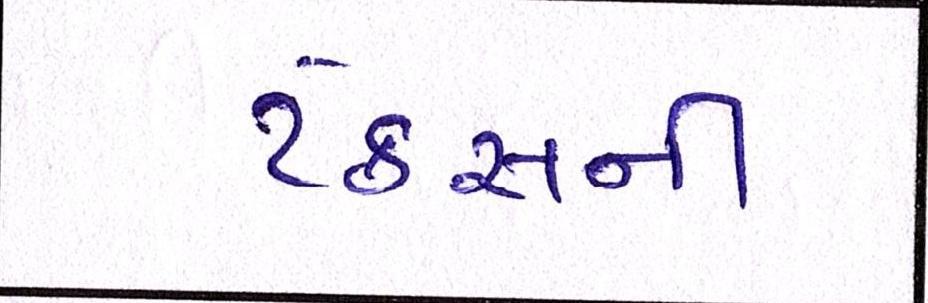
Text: ટેકસની